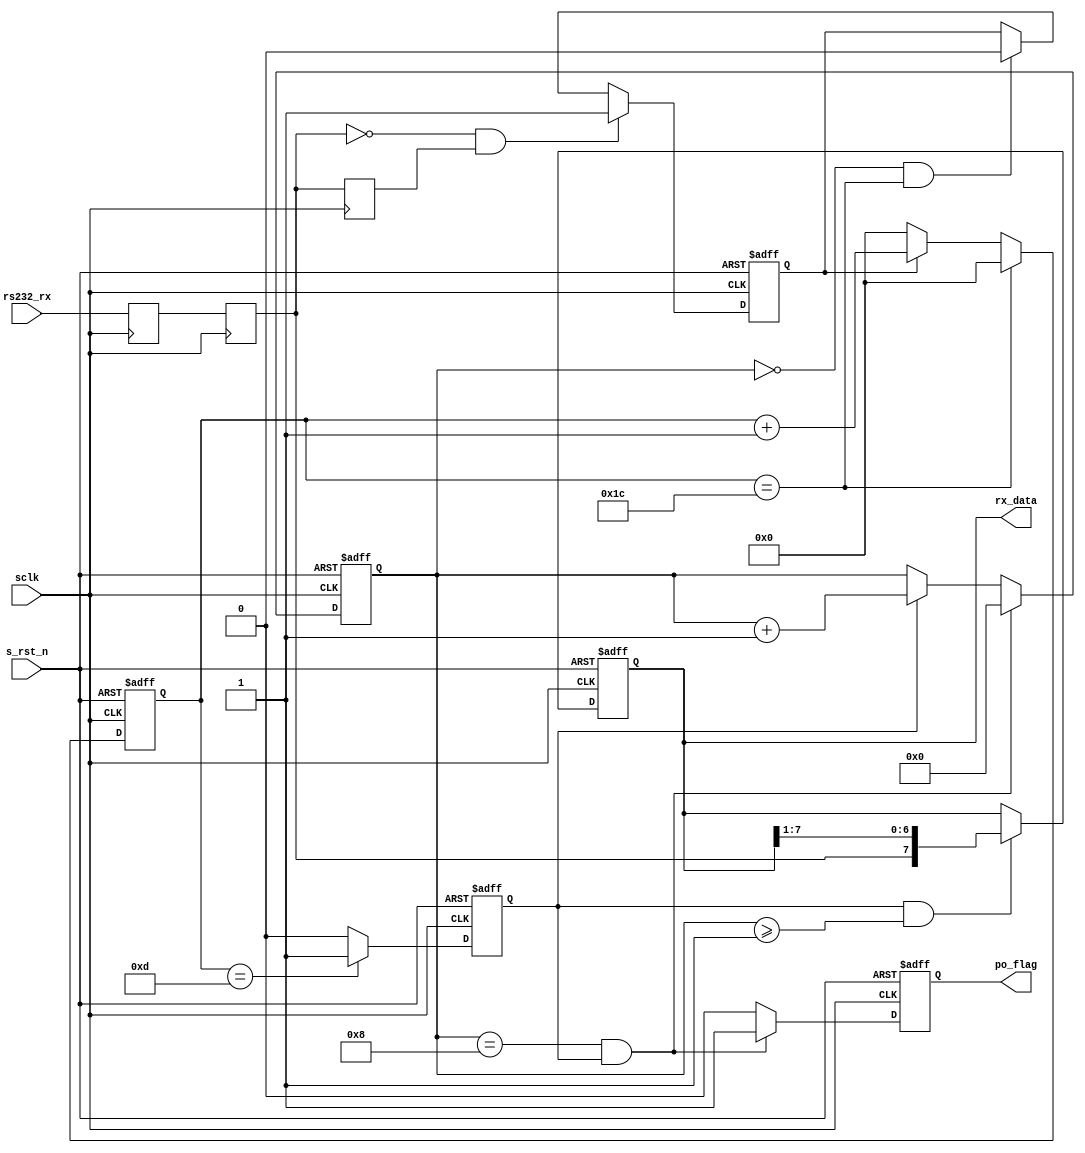
// *********************************************************************************
// Project Name : 
// Creat Time   : 2016/8/29 14:18:53
// File Name    : 
// Module Name  : uart_rx 
// Called By    : 
// Abstract     :
//
// CopyRight(c) 2016, OpenSoc Studio..
// All Rights Reserved
//
// *********************************************************************************
// Modification History:
// 1. initial
// *********************************************************************************/
// *************************
// MODULE DEFINITION
// *************************

`define SIM

module  uart_rx(
        // system signals
        input                   sclk                    ,
        input                   s_rst_n                 ,
        // UART Interface
        input                   rs232_rx                ,
        // others
        output  reg     [ 7:0]  rx_data                 ,
        output  reg             po_flag
);

//====================================================================\
// ********** Define Parameter and Internal Signals *************
//====================================================================/
`ifndef SIM
localparam      BAUD_END        =       5207                    ;
`else
localparam      BAUD_END        =       28                      ;
`endif
localparam      BAUD_M          =       BAUD_END/2 - 1          ;
localparam      BIT_END         =       8                       ;

reg                             rx_r1                           ;
reg                             rx_r2                           ;
reg                             rx_r3                           ;
reg                             rx_flag                         ;
reg     [12:0]                  baud_cnt                        ;
reg                             bit_flag                        ;
reg     [ 3:0]                  bit_cnt                         ;

wire                            rx_neg                          ;
//=================================================================================
// ***************      Main    Code    ****************
//=================================================================================

assign  rx_neg  =       ~rx_r2 & rx_r3;

always  @(posedge sclk) begin
        rx_r1   <=      rs232_rx;
        rx_r2   <=      rx_r1;
        rx_r3   <=      rx_r2;
end

always  @(posedge sclk or negedge s_rst_n) begin
        if(s_rst_n == 1'b0)
                rx_flag <=      1'b0;
        else if(rx_neg == 1'b1)
                rx_flag <=      1'b1;
        else if(bit_cnt == 'd0 && baud_cnt == BAUD_END)
                rx_flag <=      1'b0;
end

always  @(posedge sclk or negedge s_rst_n) begin
        if(s_rst_n == 1'b0)
                baud_cnt        <=      'd0;
        else if(baud_cnt == BAUD_END)
                baud_cnt        <=      'd0;
        else if(rx_flag == 1'b1)
                baud_cnt        <=      baud_cnt + 1'b1;
        else
                baud_cnt        <=      'd0;
end

always  @(posedge sclk or negedge s_rst_n) begin
        if(s_rst_n == 1'b0)
                bit_flag        <=      1'b0;
        else if(baud_cnt == BAUD_M)
                bit_flag        <=      1'b1;
        else
                bit_flag        <=      1'b0;
end

always  @(posedge sclk or negedge s_rst_n) begin
        if(s_rst_n == 1'b0)
                bit_cnt <=      'd0;
        else if(bit_flag == 1'b1 && bit_cnt == BIT_END) 
                bit_cnt <=      'd0;
        else if(bit_flag == 1'b1)
                bit_cnt <=      bit_cnt + 1'b1;
end

always  @(posedge sclk or negedge s_rst_n) begin
        if(s_rst_n == 1'b0)
                rx_data <=      'd0;
        else if(bit_flag == 1'b1 && bit_cnt >= 'd1)
                rx_data <=      {rx_r2, rx_data[7:1]};
end

always  @(posedge sclk or negedge s_rst_n) begin
        if(s_rst_n == 1'b0)
                po_flag <=      1'b0;
        else if(bit_cnt == BIT_END && bit_flag == 1'b1)
                po_flag <=      1'b1;
        else
                po_flag <=      1'b0;
end

endmodule